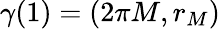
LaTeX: \gamma(1)=(2\pi M,r_{M})